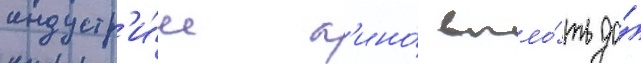
индустр'и́и к'ино́ впло́ть до́